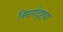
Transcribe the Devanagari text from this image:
निसर्गदृष्ट्या